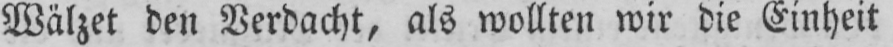
Wälzet den Verdacht, als wollten wir die Einheit